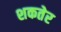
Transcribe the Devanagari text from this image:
शकतेर